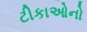
ટીકાઓનો